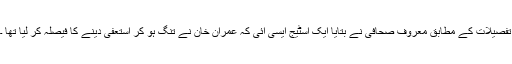
تفصیلات کے مطابق معروف صحافی نے بتایا ایک اسٹیج ایسی آئی کہ عمران خان نے تنگ ہو کر استعفیٰ دینے کا فیصلہ کر لیا تھا ۔